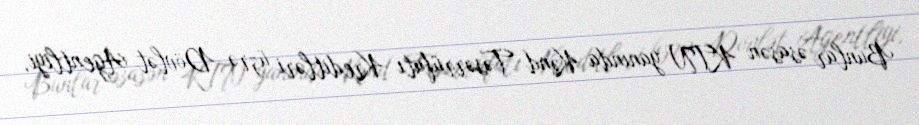
Bunlar əsasən KTN yanında Kənd Təsərrüfatı Kreditləri üzrə Dövlət Agentliyi,